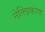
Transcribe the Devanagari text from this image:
नेत्त्प्रिकरण